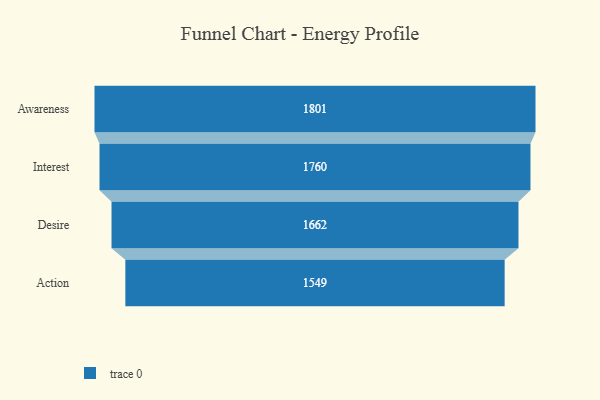
{"axis": {"x": "Stage", "y": "Value"}, "legend": [""], "data": [{"x": "Awareness", "y": 1801.0, "type": ""}, {"x": "Interest", "y": 1760.0, "type": ""}, {"x": "Desire", "y": 1662.0, "type": ""}, {"x": "Action", "y": 1549.0, "type": ""}]}